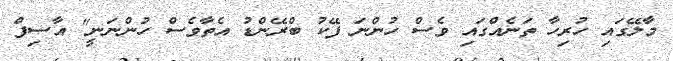
މާލޭގައި ހުރިހާ ތަނެއްގައި ވެސް ހުންނަ ފޭކު ބްރޭންޑު އެތާވެސް ހުންނަނީ" އާސިފް